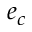
e _ { c }